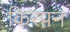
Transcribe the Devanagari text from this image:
किरपन